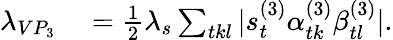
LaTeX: \begin{array}{rl}{\lambda_{VP_{3}}}&{{}=\frac{1}{2}\lambda_{s}\sum_{tkl}|s_{t}^{(3)}\alpha_{tk}^{(3)}\beta_{tl}^{(3)}|.}\end{array}